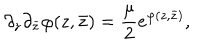
\partial _ { z } \partial _ { \bar { z } } \varphi ( z , \bar { z } ) = { \frac { \mu } { 2 } } e ^ { \varphi ( z , \bar { z } ) } ,